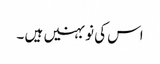
اس کی نو بہنیں ہیں ۔